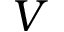
V